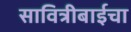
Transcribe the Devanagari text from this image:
सावित्रीबाईचा